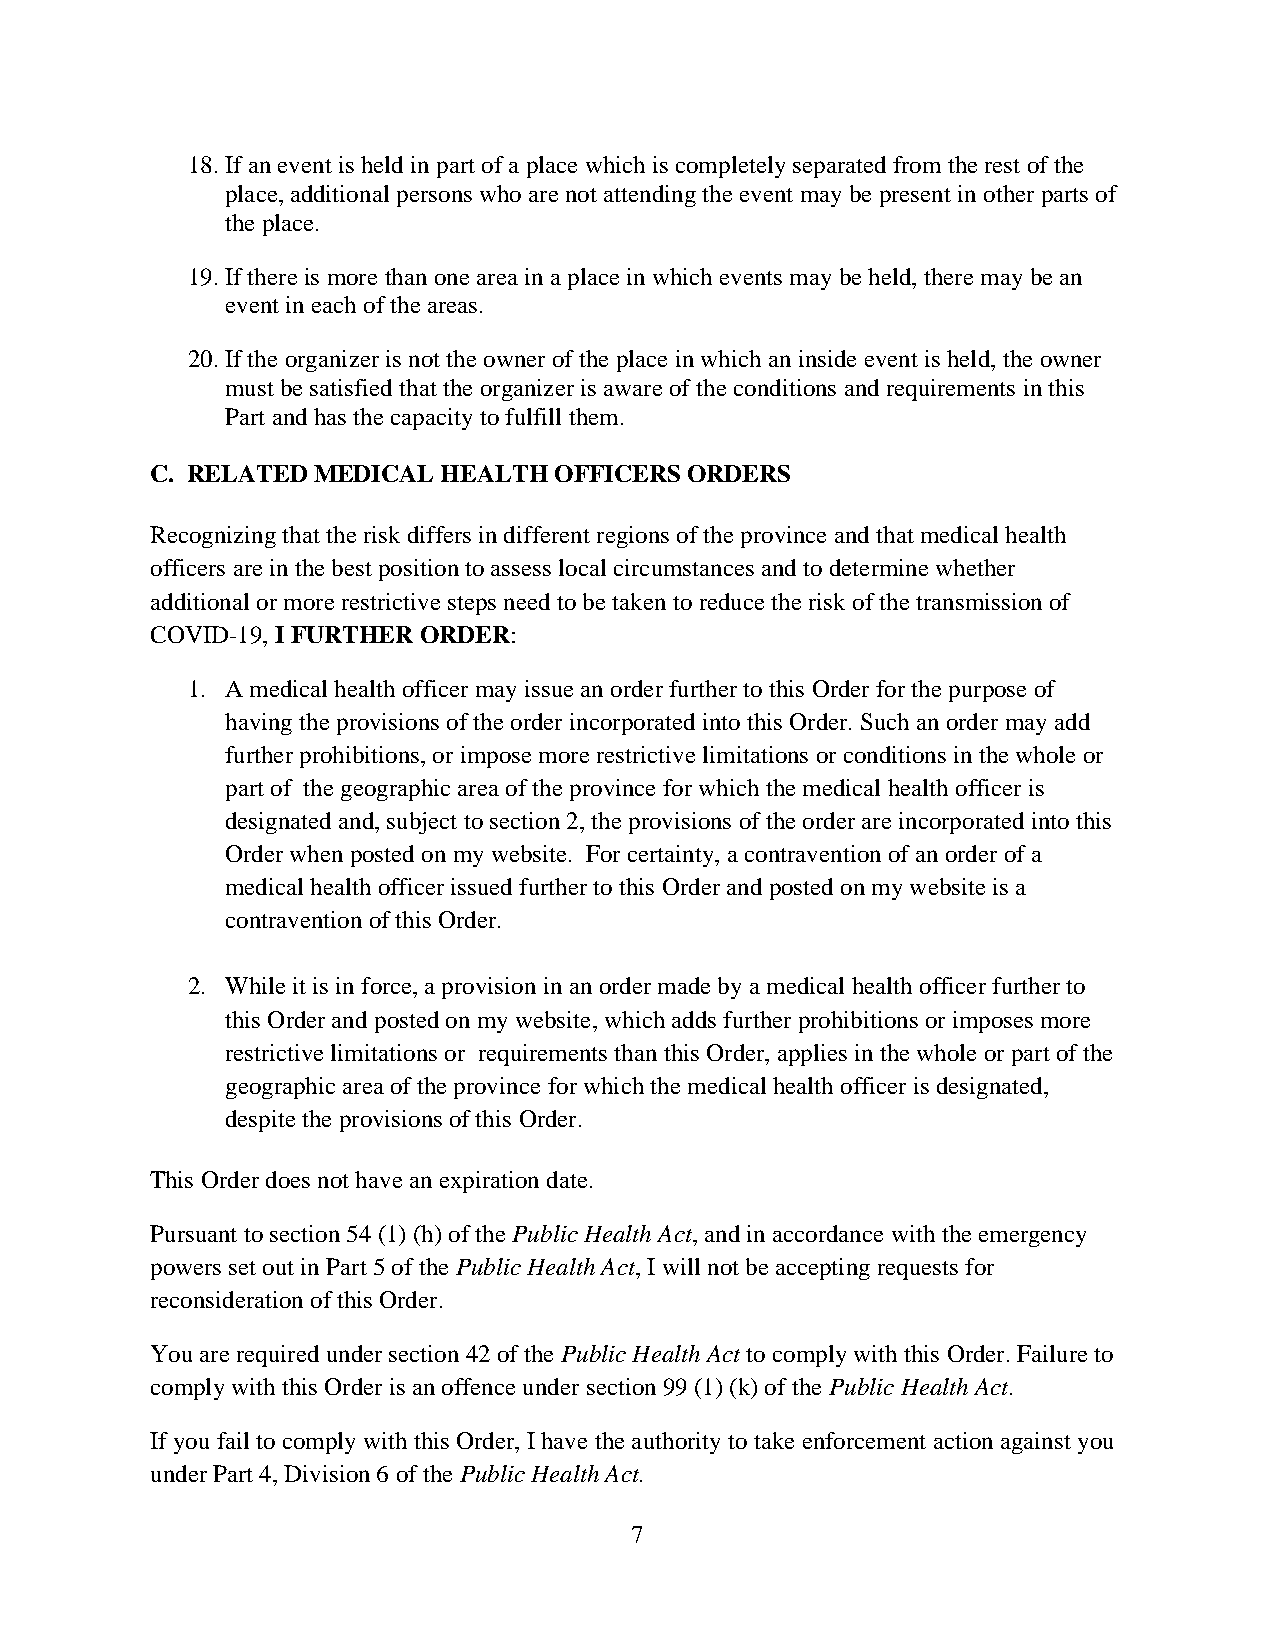
18. If an event is held in part of a place which is completely separated from the rest of the
 place, additional persons who are not attending the event may be present in other parts of
 the place.
 19. If there is more than one area in a place in which events may be held, there may be an
 event in each of the areas.
 20. If the organizer is not the owner of the place in which an inside event is held, the owner
 must be satisfied that the organizer is aware of the conditions and requirements in this
 Part and has the capacity to fulfill them.
 C. RELATED MEDICAL HEALTH  OFFICERS ORDERS
 Recognizing that the risk differs in different regions of the province and that medical health
 officers are in the best position to assess local circumstances and to determine whether
 additional or more restrictive steps need to be taken to reduce the risk of the transmission of
 COVID-19, I FURTHER ORDER:
 1. A medical health officer may issue an order further to this Order for the purpose of
 having the provisions of the order incorporated into this Order. Such an order may add
 further prohibitions, or impose more restrictive limitations or conditions in the whole or
 part of the geographic area of the province for which the medical health officer is
 designated and, subject to section 2, the provisions of the order are incorporated into this
 Order when posted on my website. For certainty, a contravention of an order of a
 medical health officer issued further to this Order and posted on my website is a
 contravention of this Order.
 2. While it is in force, a provision in an order made by a medical health officer further to
 this Order and posted on my website, which adds further prohibitions or imposes more
 restrictive limitations or requirements than this Order, applies in the whole or part of the
 geographic area of the province for which the medical health officer is designated,
 despite the provisions of this Order.
 This Order does not have an expiration date.
 Pursuant to section 54 (1) (h) of the Public Health Act, and in accordance with the emergency
 powers set out in Part 5 of the Public Health Act, I will not be accepting requests for
 reconsideration of this Order.
 You are required under section 42 of the Public Health Act to comply with this Order. Failure to
 comply with this Order is an offence under section 99 (1) (k) of the Public Health Act.
 If you fail to comply with this Order, I have the authority to take enforcement action against you
 under Part 4, Division 6 of the Public Health Act.
 7